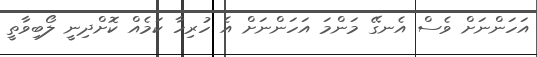
އަހަންނަށް ވެސް އެނގޭ މަންމަ އަހަންނަށް އެ ހުރިހާ ކަމެއް ކޮށްދިނީ ލޯބިވާތީ